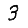
Digit: 3